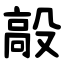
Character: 毃